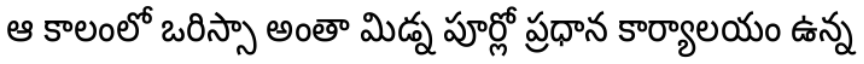
ఆ కాలంలో ఒరిస్సా అంతా మిడ్న పూర్లో ప్రధాన కార్యాలయం ఉన్న